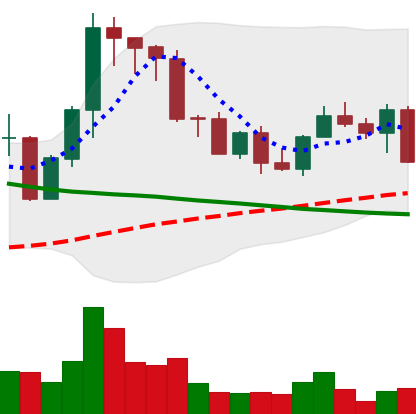
Ticker: EOS-USD
Chart end date: 2022-09-06
Forward return: 22.725%
Label: up_7plus